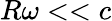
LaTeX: R\omega<<c